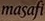
Masafi